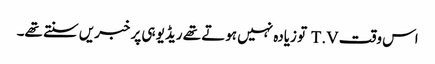
اس وقت T.V تو زیادہ نہیں ہوتے تھے ریڈیو ہی پر خبریں سنتے تھے۔